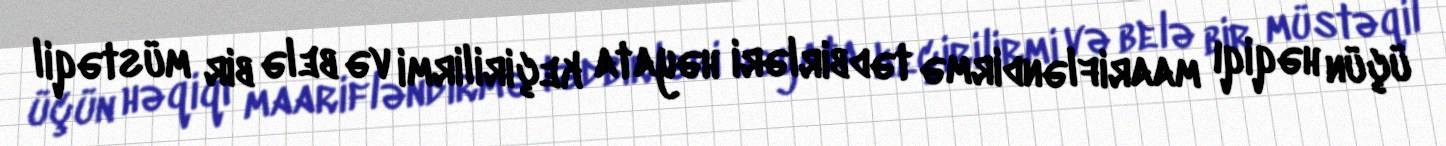
üçün həqiqı maarifləndirmə tədbirləri həyata keçirilirmi və belə bir müstəqil